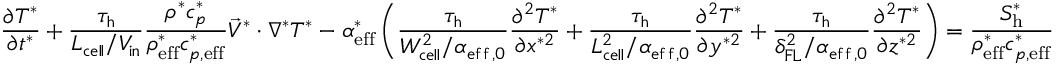
\frac { \partial T ^ { * } } { \partial t ^ { * } } + \boldsymbol { \frac { \tau _ { \mathrm { h } } } { L _ { \mathrm { c e l l } } / V _ { \mathrm { i n } } } } \frac { \rho ^ { * } c _ { p } ^ { * } } { \rho _ { \mathrm { e f f } } ^ { * } c _ { p , \mathrm { e f f } } ^ { * } } \vec { V } ^ { * } \cdot \nabla ^ { * } T ^ { * } - \alpha _ { \mathrm { { e f f } } } ^ { * } \left( \boldsymbol { \frac { \tau _ { \mathrm { h } } } { W _ { \mathrm { c e l l } } ^ { 2 } / \alpha _ { \mathrm { { e f f , 0 } } } } } \frac { \partial ^ { 2 } T ^ { * } } { \partial x ^ { * 2 } } + \boldsymbol { \frac { \tau _ { \mathrm { h } } } { L _ { \mathrm { c e l l } } ^ { 2 } / \alpha _ { \mathrm { e f f , 0 } } } } \frac { \partial ^ { 2 } T ^ { * } } { \partial y ^ { * 2 } } + \boldsymbol { \frac { \tau _ { \mathrm { h } } } { \delta _ { \mathrm { F L } } ^ { 2 } / \alpha _ { \mathrm { { e f f , 0 } } } } } \frac { \partial ^ { 2 } T ^ { * } } { \partial z ^ { * 2 } } \right) = \frac { S _ { \mathrm { h } } ^ { * } } { \rho _ { \mathrm { { e f f } } } ^ { * } c _ { p , \mathrm { e f f } } ^ { * } }